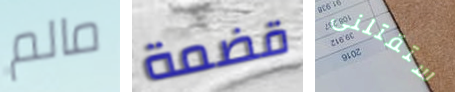
مالم قضمة ستقتلنى